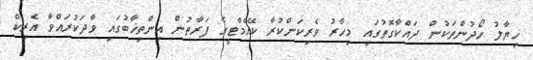
ޚިޔާލު ހޯދުންތަކުން ދައްކާގޮތުގައި މިހާރު ވެރިކަންކުރާ ކޭއެމްޓީގެ ފަރާތުން އިންތިޚާބުގައި ވާދަކުރައްވާ އެރިކް